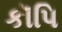
કૉપિ